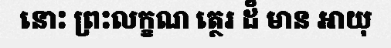
នោះ ព្រះលក្ខណ ត្ថេរ ដ៏ មាន អាយុ